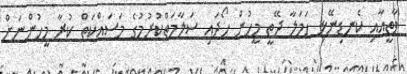
ވާތީއާއި ކެނޑިނޭޅި ހަމަލާ ދޭތީ މީހުން ހޯދައި ސަލާމަތްކުރުމުގެ މަސައްކަތް ކުރާ މީހުންނަށް